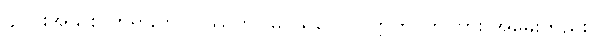
၄-ပါးအသစ် တရားကို။ ပဿတိ၊ မြင်သလော။ ဣတိ၊ ဤကား အမေးတည်း။